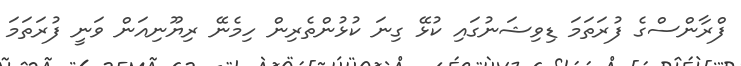
ފްރާންސްގެ ފުރަތަމަ ޑިވިޝަނުގައި ކުޅޭ ގިނަ ކުޅުންތެރިން ހިމެނޭ ރިޔޫނިއަން ވަނީ ފުރަތަމަ